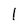
Character: l